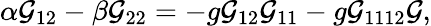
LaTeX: \alpha{\cal G}_{12}-\beta{\cal G}_{22}=-g{\cal G}_{12}{\cal G}_{11}-g{\cal G}_{1112}{\cal G},